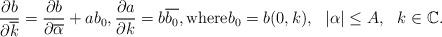
LaTeX: \begin{align*}\frac{\partial b}{\partial \overline{k}} = \frac{\partial b}{\partial \overline{\alpha}}+ab_0, \frac{\partial a}{\partial {k}} = b\overline{b_0}, {\rm where} b_0={b}(0,k), ~~|\alpha|\leq A, ~~k\in \mathbb C.\end{align*}